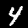
Digit: 4